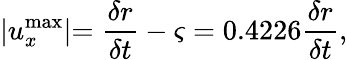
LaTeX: \lvert u_{x}^{\mathrm{max}}\lvert=\frac{\delta r}{\delta t}-\varsigma=0.4226\frac{\delta r}{\delta t},